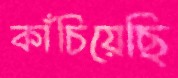
কাঁচিয়েছি